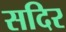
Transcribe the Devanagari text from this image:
सदिर